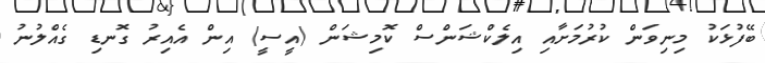
ބޭފުޅަކު މިނިވަން ކުރުމަށާއި އިލެކްޝަންސް ކޮމިޝަން (އީސީ) އިން އެއިރު ގޮނޑި ގެއްލުނު